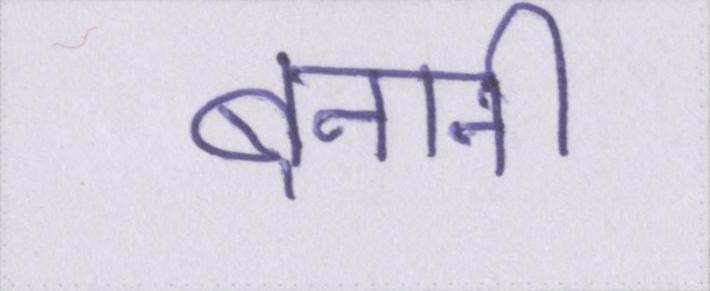
बनानी